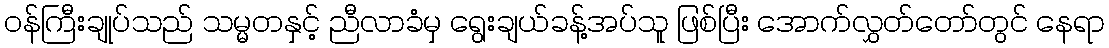
ဝန်ကြီးချုပ်သည် သမ္မတနှင့် ညီလာခံမှ ရွေးချယ်ခန့်အပ်သူ ဖြစ်ပြီး အောက်လွှတ်တော်တွင် နေရာ